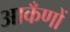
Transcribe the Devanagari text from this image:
आकँणों